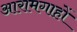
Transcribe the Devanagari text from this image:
आरामगाहों